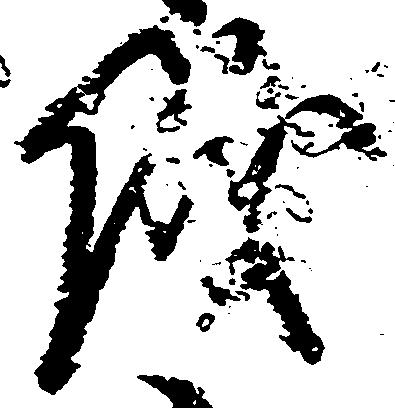
儀